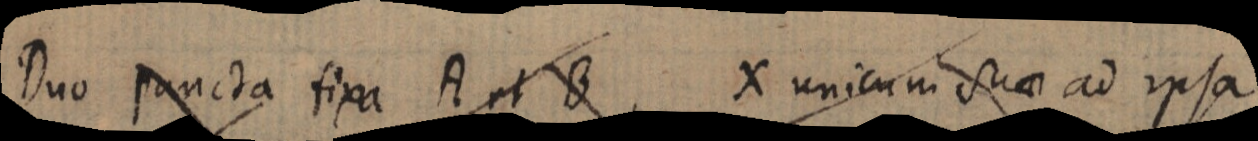
Duo puncta fixa A et B X unicum suae ad ipsa